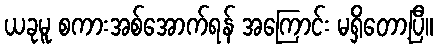
ယခုမူ စကားအစ်အောက်ရန် အကြောင်း မရှိတော့ပြီ။